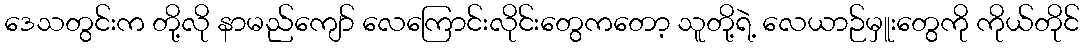
ဒေသတွင်းက တို့လို နာမည်ကျော် လေကြောင်းလိုင်းတွေကတော့ သူတို့ရဲ့ လေယာဉ်မှူးတွေကို ကိုယ်တိုင်